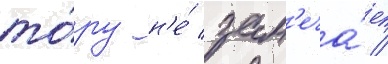
то́ру н'е́ зам'еча́ет /